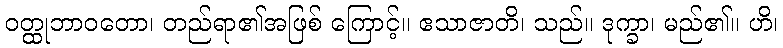
ဝတ္ထုဘာဝတော၊ တည်ရာ၏အဖြစ် ကြောင့်။ ဧသာဇာတိ၊ သည်။ ဒုက္ခာ၊ မည်၏။ ဟိ၊